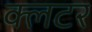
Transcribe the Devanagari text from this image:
क्लटर